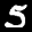
Label: 5